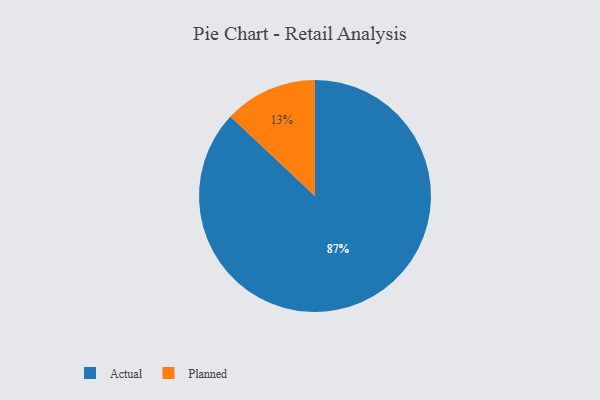
{"axis": {"x": "Category", "y": "Percentage"}, "legend": ["Actual", "Planned"], "data": [{"x": "Planned", "y": 13, "type": "Planned"}, {"x": "Actual", "y": 87, "type": "Actual"}]}